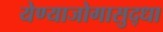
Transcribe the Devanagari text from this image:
येण्याजोगासुद्धा